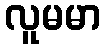
လူမမာ